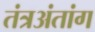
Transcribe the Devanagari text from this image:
तंत्रअंतांग